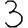
Digit: 3